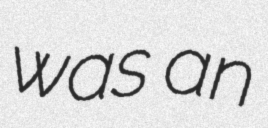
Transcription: was an